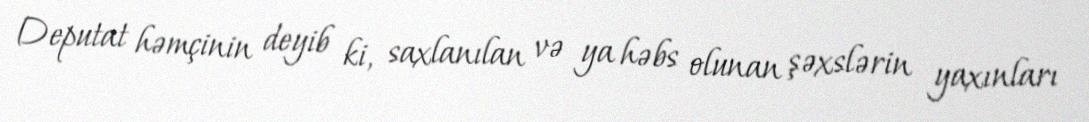
Deputat həmçinin deyib ki, saxlanılan və ya həbs olunan şəxslərin yaxınları